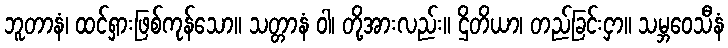
ဘူတာနံ၊ ထင်ရှားဖြစ်ကုန်သော။ သတ္တာနံ ဝါ၊ တို့အားလည်း။ ဌိတိယာ၊ တည်ခြင်းငှာ။ သမ္ဘဝေသီနံ